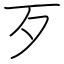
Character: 歹